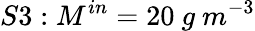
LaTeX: S3:M^{in}=20\ g\ m^{-3}